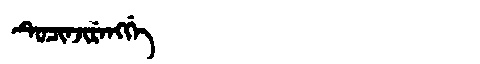
Manchu: ᡨᡠᠴᡳᠨᠵᡳᡵᡝᠩᡤᡝ
Romanization: TUCINJIRENGGE